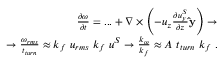
\begin{array} { r l r } & { } & { \frac { \partial \boldsymbol { \omega } } { \partial t } = . . . + \nabla \times \left( - u _ { z } \frac { \partial u _ { y } ^ { S } } { \partial z } \mathbf { \hat { y } } \right) \rightarrow } \\ & { } & { \rightarrow \frac { \omega _ { r m s } } { t _ { t u r n } } \approx k _ { f } ~ u _ { r m s } ~ k _ { f } ~ u ^ { S } \rightarrow \frac { k _ { \omega } } { k _ { f } } \approx A ~ t _ { t u r n } ~ k _ { f } ~ . } \end{array}